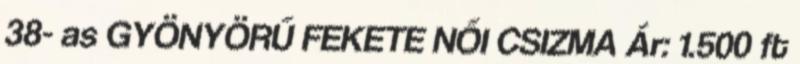
38- as GYÖNYÖRŰ FEKETE NŐI CSIZMA Ár: 1.500 ft